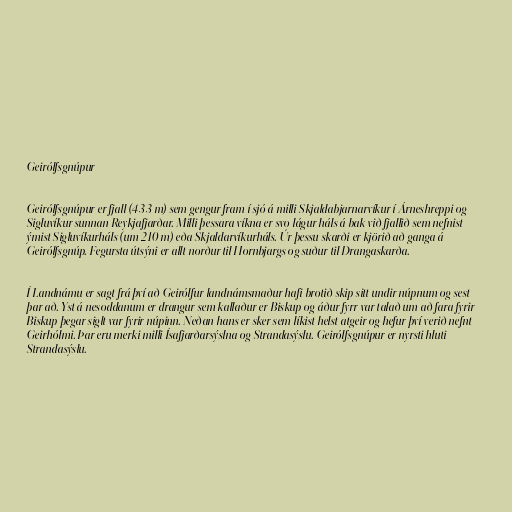
Geirólfsgnúpur

Geirólfsgnúpur er fjall (433 m) sem gengur fram í sjó á milli Skjaldabjarnarvíkur í Árneshreppi og
Sigluvíkur sunnan Reykjafjarðar. Milli þessara víkna er svo lágur háls á bak við fjallið sem nefnist
ýmist Sigluvíkurháls (um 210 m) eða Skjaldarvíkurháls. Úr þessu skarði er kjörið að ganga á
Geirólfsgnúp. Fegursta útsýni er allt norður til Hornbjargs og suður til Drangaskarða.

Í Landnámu er sagt frá því að Geirólfur landnámsmaður hafi brotið skip sitt undir núpnum og sest
þar að. Yst á nesoddanum er drangur sem kallaður er Biskup og áður fyrr var talað um að fara fyrir
Biskup þegar siglt var fyrir núpinn. Neðan hans er sker sem líkist helst atgeir og hefur því verið nefnt
Geirhólmi. Þar eru merki milli Ísafjarðarsýslna og Strandasýslu. Geirólfsgnúpur er nyrsti hluti
Strandasýslu.